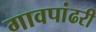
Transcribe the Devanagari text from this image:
गावपांढरी